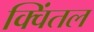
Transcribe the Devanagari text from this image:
क्विंतल